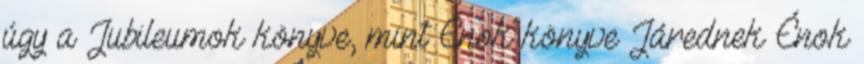
úgy a Jubileumok könyve, mint Énok könyve Járednek Énok